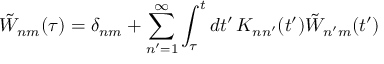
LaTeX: \tilde { W } _ { n m } ( \tau ) = \delta _ { n m } + \sum _ { n ^ { \prime } = 1 } ^ { \infty } \int _ { \tau } ^ { t } d t ^ { \prime } \, K _ { n n ^ { \prime } } ( t ^ { \prime } ) \tilde { W } _ { n ^ { \prime } m } ( t ^ { \prime } )